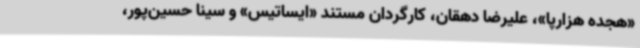
«هجده هزارپا»، علیرضا دهقان، کارگردان مستند «ایساتیس» و سینا حسین‌پور،